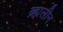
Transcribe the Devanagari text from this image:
ब्र्ह्मलीन